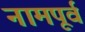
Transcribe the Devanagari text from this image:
नामपूर्व